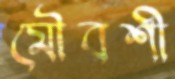
মৌরশী